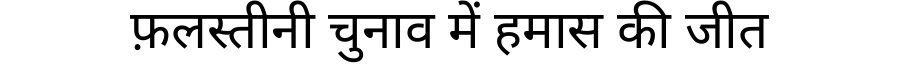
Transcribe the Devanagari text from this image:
फ़लस्तीनी चुनाव में हमास की जीत